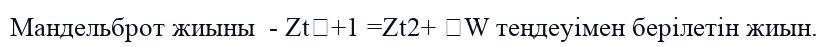
Мандельброт жиыны  - Zt+1 =Zt2+ W теңдеуімен берілетін жиын.